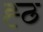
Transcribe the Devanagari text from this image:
ह्ठ